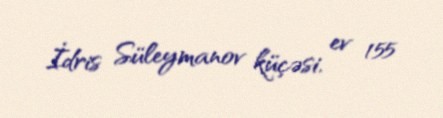
İdris Süleymanov küçəsi, ev 155